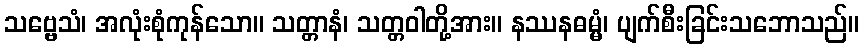
သဗ္ဗေသံ၊ အလုံးစုံကုန်သော။ သတ္တာနံ၊ သတ္တဝါတို့အား။ နဿနဓမ္မံ၊ ပျက်စီးခြင်းသဘောသည်။